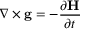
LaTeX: \nabla \times \mathbf { g } = - { \frac { \partial \mathbf { H } } { \partial t } } \,